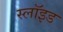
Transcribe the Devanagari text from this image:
स्लॉइड